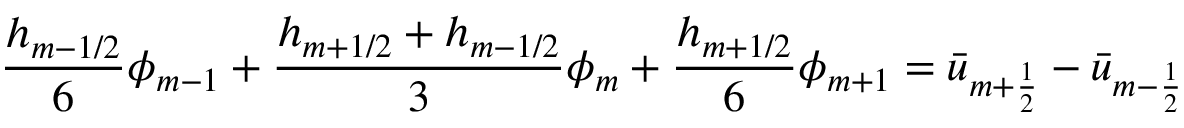
\frac { h _ { m - 1 / 2 } } { { 6 } } \phi _ { m - 1 } + \frac { h _ { m + 1 / 2 } + h _ { m - 1 / 2 } } { { 3 } } \phi _ { m } + \frac { h _ { m + 1 / 2 } } { { 6 } } \phi _ { m + 1 } = \Bar { u } _ { m + \frac { 1 } { 2 } } - \Bar { u } _ { m - \frac { 1 } { 2 } }